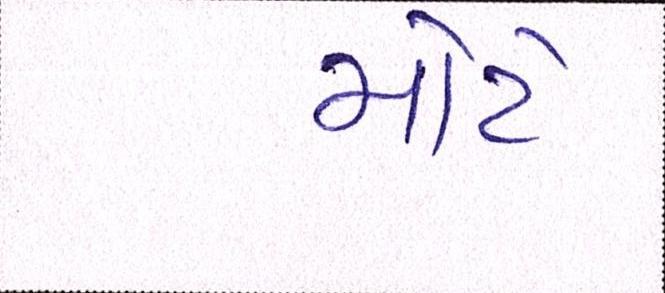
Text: મોટે